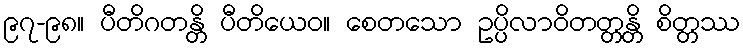
၉၇-၉၈။ ပီတိဂတန္တိ ပီတိယေဝ။ စေတသော ဥပ္ပိလာဝိတတ္တန္တိ စိတ္တဿ